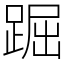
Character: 䠇